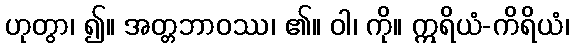
ဟုတွာ၊ ၍။ အတ္တဘာဝဿ၊ ၏။ ဝါ၊ ကို။ ဣရိယံ-ကိရိယံ၊